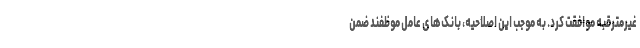
غیرمترقبه موافقت کرد. به موجب این اصلاحیه، بانک‌های عامل موظفند ضمن